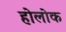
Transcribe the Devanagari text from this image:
होलोक